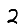
Digit: 2